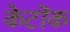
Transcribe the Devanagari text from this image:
केटोंक